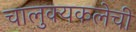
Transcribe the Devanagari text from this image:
चालुक्यकलेची